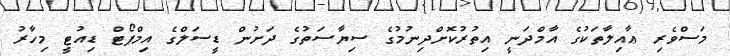
މަސްވެރި ޢާއިލާތަކުގެ އާމްދަނީ އިތުރުކޮށްދިނުމުގެ ސިޔާސަތުގެ ދަށުން ޑީސަލްގެ އިމްޕޯޓް ޑިއުޓީ މިހާރު